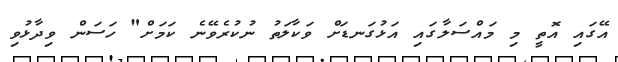
އޭގައި އޮތީ މި މައްސަލާގައި އަޅުގަނޑަށް ވަކާލަތު ނުކުރެވޭނެ ކަމަށް" ހަސަން ވިދާޅުވި